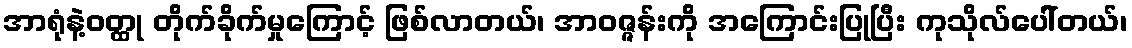
အာရုံနဲ့ဝတ္ထု တိုက်ခိုက်မှုကြောင့် ဖြစ်လာတယ်၊ အာဝဇ္ဇန်းကို အကြောင်းပြုပြီး ကုသိုလ်ပေါ်တယ်၊